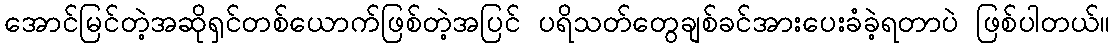
အောင်မြင်တဲ့အဆိုရှင်တစ်ယောက်ဖြစ်တဲ့အပြင် ပရိသတ်တွေချစ်ခင်အားပေးခံခဲ့ရတာပဲ ဖြစ်ပါတယ်။